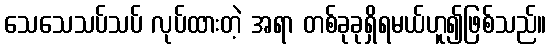
သေသေသပ်သပ် လုပ်ထားတဲ့ အရာ တစ်ခုခုရှိရမယ်ဟူ၍ဖြစ်သည်။